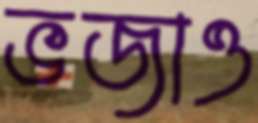
ভজাও